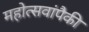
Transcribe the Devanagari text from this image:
महोत्सवांपैकी